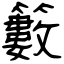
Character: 籔